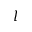
l